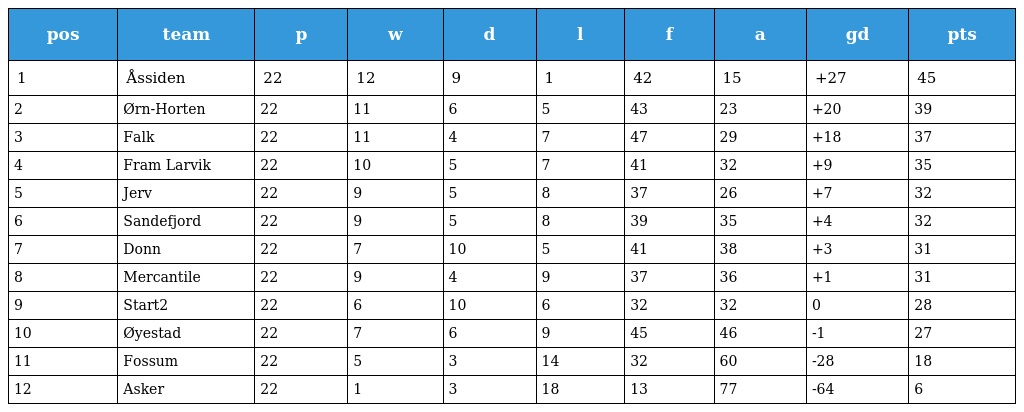
| pos | team | p | w | d | l | f | a | gd | pts |
 | --- | --- | --- | --- | --- | --- | --- | --- | --- | --- |
 | 1 | Åssiden | 22 | 12 | 9 | 1 | 42 | 15 | +27 | 45 |
 | 2 | Ørn-Horten | 22 | 11 | 6 | 5 | 43 | 23 | +20 | 39 |
 | 3 | Falk | 22 | 11 | 4 | 7 | 47 | 29 | +18 | 37 |
 | 4 | Fram Larvik | 22 | 10 | 5 | 7 | 41 | 32 | +9 | 35 |
 | 5 | Jerv | 22 | 9 | 5 | 8 | 37 | 26 | +7 | 32 |
 | 6 | Sandefjord | 22 | 9 | 5 | 8 | 39 | 35 | +4 | 32 |
 | 7 | Donn | 22 | 7 | 10 | 5 | 41 | 38 | +3 | 31 |
 | 8 | Mercantile | 22 | 9 | 4 | 9 | 37 | 36 | +1 | 31 |
 | 9 | Start2 | 22 | 6 | 10 | 6 | 32 | 32 | 0 | 28 |
 | 10 | Øyestad | 22 | 7 | 6 | 9 | 45 | 46 | -1 | 27 |
 | 11 | Fossum | 22 | 5 | 3 | 14 | 32 | 60 | -28 | 18 |
 | 12 | Asker | 22 | 1 | 3 | 18 | 13 | 77 | -64 | 6 |